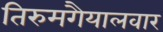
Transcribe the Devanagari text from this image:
तिरुमगैयालवार